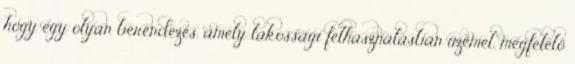
hogy egy olyan berendezés, amely lakossági felhasználásban üzemel, megfelelő